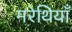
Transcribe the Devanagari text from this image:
मरेथियाँ